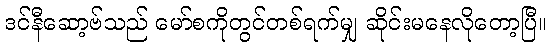
ဒင်နီဆော့ဗ်သည် မော်စကိုတွင်တစ်ရက်မျှ ဆိုင်းမနေလိုတော့ပြီ။